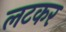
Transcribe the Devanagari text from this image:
लटकर